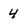
Character: 4